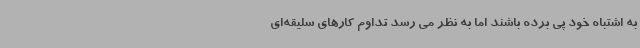
به اشتباه خود پی برده باشند اما به نظر می رسد تداوم کارهای سلیقه‌ای